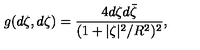
g ( d \zeta , d \zeta ) = \frac { 4 d \zeta d \bar { \zeta } } { ( 1 + | \zeta | ^ { 2 } / R ^ { 2 } ) ^ { 2 } } ,